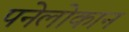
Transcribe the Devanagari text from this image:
पनेलोकान